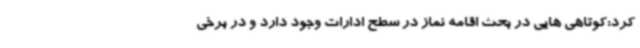
کرد:کوتاهی هایی در بحث اقامه نماز در سطح ادارات وجود دارد و در برخی